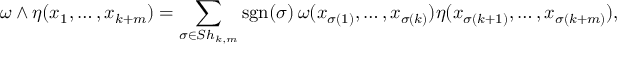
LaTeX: { \omega \wedge \eta ( x _ { 1 } , \ldots , x _ { k + m } ) } = \sum _ { \sigma \in S h _ { k , m } } \operatorname { s g n } ( \sigma ) \, \omega ( x _ { \sigma ( 1 ) } , \ldots , x _ { \sigma ( k ) } ) \eta ( x _ { \sigma ( k + 1 ) } , \ldots , x _ { \sigma ( k + m ) } ) ,